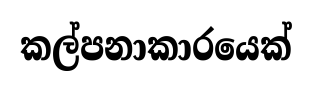
කල්පනාකාරයෙක්